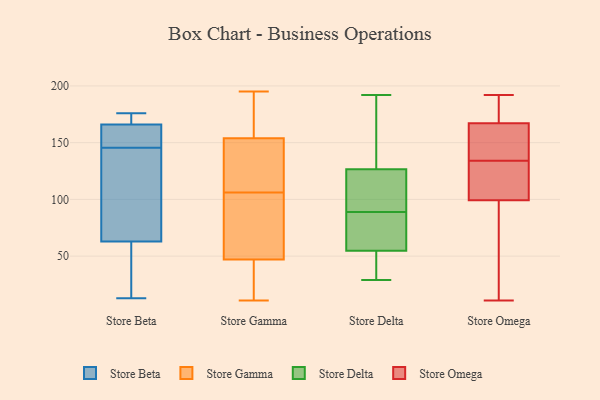
{"axis": {"x": "Population (Million)", "y": "Value"}, "legend": ["Store Beta", "Store Delta", "Store Gamma", "Store Omega"], "data": [{"x": "", "y": 157, "type": "Store Beta"}, {"x": "", "y": 42, "type": "Store Beta"}, {"x": "", "y": 86, "type": "Store Beta"}, {"x": "", "y": 174, "type": "Store Beta"}, {"x": "", "y": 63, "type": "Store Beta"}, {"x": "", "y": 176, "type": "Store Beta"}, {"x": "", "y": 13, "type": "Store Beta"}, {"x": "", "y": 134, "type": "Store Beta"}, {"x": "", "y": 166, "type": "Store Beta"}, {"x": "", "y": 157, "type": "Store Beta"}, {"x": "", "y": 165, "type": "Store Gamma"}, {"x": "", "y": 47, "type": "Store Gamma"}, {"x": "", "y": 96, "type": "Store Gamma"}, {"x": "", "y": 20, "type": "Store Gamma"}, {"x": "", "y": 129, "type": "Store Gamma"}, {"x": "", "y": 116, "type": "Store Gamma"}, {"x": "", "y": 11, "type": "Store Gamma"}, {"x": "", "y": 154, "type": "Store Gamma"}, {"x": "", "y": 145, "type": "Store Gamma"}, {"x": "", "y": 195, "type": "Store Gamma"}, {"x": "", "y": 59, "type": "Store Gamma"}, {"x": "", "y": 194, "type": "Store Gamma"}, {"x": "", "y": 14, "type": "Store Gamma"}, {"x": "", "y": 95, "type": "Store Gamma"}, {"x": "", "y": 94, "type": "Store Delta"}, {"x": "", "y": 131, "type": "Store Delta"}, {"x": "", "y": 29, "type": "Store Delta"}, {"x": "", "y": 89, "type": "Store Delta"}, {"x": "", "y": 51, "type": "Store Delta"}, {"x": "", "y": 169, "type": "Store Delta"}, {"x": "", "y": 87, "type": "Store Delta"}, {"x": "", "y": 66, "type": "Store Delta"}, {"x": "", "y": 113, "type": "Store Delta"}, {"x": "", "y": 46, "type": "Store Delta"}, {"x": "", "y": 192, "type": "Store Delta"}, {"x": "", "y": 11, "type": "Store Omega"}, {"x": "", "y": 133, "type": "Store Omega"}, {"x": "", "y": 180, "type": "Store Omega"}, {"x": "", "y": 51, "type": "Store Omega"}, {"x": "", "y": 134, "type": "Store Omega"}, {"x": "", "y": 93, "type": "Store Omega"}, {"x": "", "y": 192, "type": "Store Omega"}, {"x": "", "y": 158, "type": "Store Omega"}, {"x": "", "y": 172, "type": "Store Omega"}, {"x": "", "y": 113, "type": "Store Omega"}, {"x": "", "y": 95, "type": "Store Omega"}, {"x": "", "y": 142, "type": "Store Omega"}, {"x": "", "y": 140, "type": "Store Omega"}, {"x": "", "y": 182, "type": "Store Omega"}, {"x": "", "y": 41, "type": "Store Omega"}, {"x": "", "y": 112, "type": "Store Omega"}, {"x": "", "y": 170, "type": "Store Omega"}, {"x": "", "y": 130, "type": "Store Omega"}, {"x": "", "y": 134, "type": "Store Omega"}]}